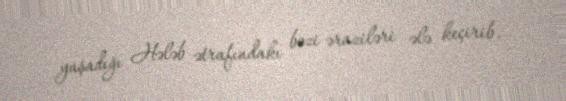
yaşadığı Hələb ətrafındakı bəzi əraziləri ələ keçirib.